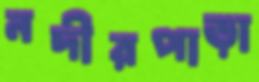
নদীরপাড়া